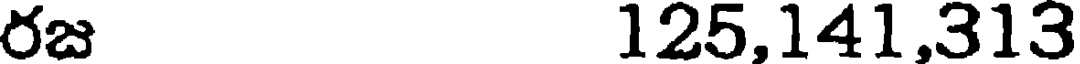
రజ 125,141,313